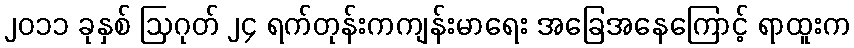
၂၀၁၁ ခုနှစ် ဩဂုတ် ၂၄ ရက်တုန်းကကျန်းမာရေး အခြေအနေကြောင့် ရာထူးက